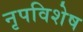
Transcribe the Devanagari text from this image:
नृपविशेष